Report on vaccination in Madras 1904-1921 - 1904-1921
Year: 1904
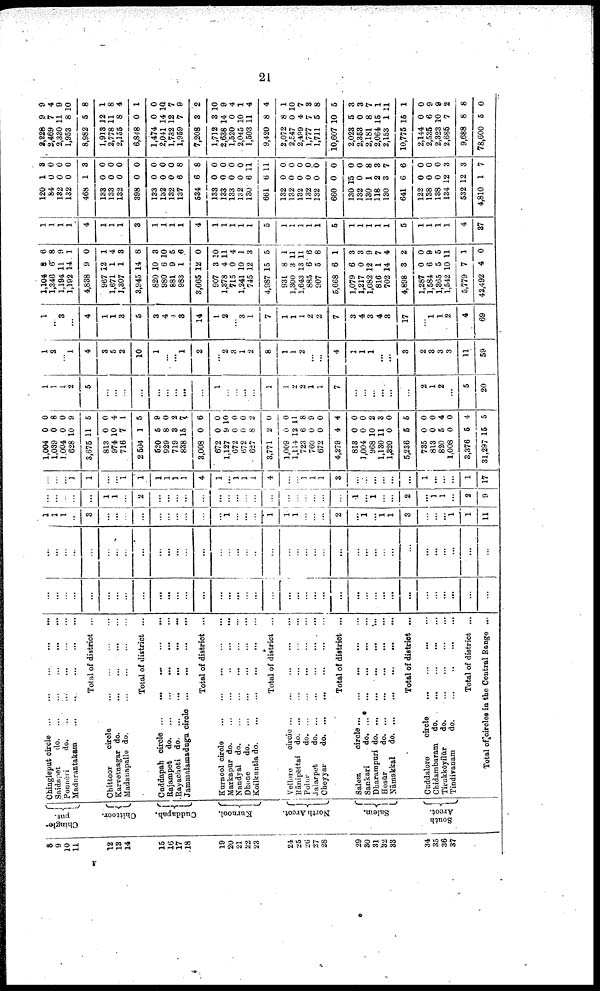
21
8
9
10
11
12
13
14
15
16
17
18
19
20
21
22
23
24
25
26
27
28
29
30
31
32
33
34
35
36
37
Chingle¬
put.
Chittoor.
Cuddapah.
Kurnool.
North Arcot.
Salem.
South
Arcot.
Chingleput circle ... ... ... ... ...
Saidapet
d
o
. ... ... ... ... ...
Ponneri
do.
...
...
...
...
...
Madurantakam
...
...
...
...
...
Total of district ...
Chittoor
circle
...
...
...
...
Karvetnagar do.
...
...
...
...
Madanapalle do. ... ... ... ...
Total of district ...
Cuddapah circle
...
...
...
...
...
Rajampet
d
o
. ... ... ... ... ...
Rayachoti do. ...
...
...
...
...
Jammalamadugn circle ...
...
...
...
Total of district ...
Kurnool circle
...
...
...
...
...
Markapur d
o
. ... ... ... ... ...
Nandyal d
o
. ... ... ... ... ...
Dhone
do.
...
...
...
...
...
Koilkuntla d
o
. ... ... ... ... ...
Total of district ...
Vellore
circle
...
...
...
...
...
Rānipēttai d
o
. ... ... ... ... ...
Polur
d
o
. ... ... ... ... ...
Jalarpet
do. ...
...
...
...
...
Cheyyar
d
o
. ... ... ... ... ...
Total of district ...
Salem
circle
...
...
...
...
...
Sankari
d
o
. ... ... ... ... ...
Dharampuri do. ... ... ... ... ...
Hosūr
do. ...
...
...
...
...
Nāmakkal
do. ... ... ... ... ...
Total of district ...
Cuddalore
circle
...
...
...
...
Chidambaram
do.
...
...
...
...
Tirukkōyilūr
do.
...
...
...
...
Tindivanam
do.
...
...
...
...
Total of district ...
Total of circles in the Central Rangs ...
...
...
...
...
...
...
...
...
...
...
...
...
...
...
...
...
...
...
...
...
...
...
...
...
...
...
...
...
...
...
...
...
...
...
...
...
...
...
...
...
...
...
...
...
...
...
...
...
...
...
...
...
...
...
...
...
...
...
...
...
...
...
...
...
...
...
...
...
...
...
...
...
...
...
...
...
1
1
1
...
3
...
...
...
...
...
...
...
...
...
...
1
...
...
...
1
1
1
...
...
...
2
...
1
...
1
1
3
...
...
...
1
1
11
...
...
...
...
...
1
1
...
2
...
...
...
...
...
...
...
...
...
...
...
...
...
...
...
...
...
1
...
1
...
...
2
...
1
1
...
2
9
...
...
...
1
1
...
...
1
1
1
1
1
1
4
1
...
1
1
1
4
...
...
1
1
1
3
...
...
...
...
...
...
1
...
...
...
1
17
1,004
1,039
1,004
628
3,675
813
974
716
2,504
520
929
719
838
3,008
672
1,127
672
672
627
3,771
1,009
1,114
723
760
672
4,279
813
1,004
968
1,130
1,320
5,236
735
813
820
1,008
3,376
31,297
0
0
0
10
11
0
10
7
1
5
8
3
15
0
0
9
0
0
8
2
0
12
6
0
0
4
0
0
10
11
0
5
0
0
5
0
5
15
0
8
0
9
5
0
4
1
5
9
0
2
7
6
0
10
0
0
2
0
0
11
8
9
0
4
0
0
2
3
0
5
0
0
4
0
4
5
1
1
1
2
5
...
...
...
...
...
...
...
...
...
1
...
...
...
...
1
1
2
2
1
1
7
...
...
...
...
...
...
2
1
2
...
5
20
1
2
...
1
4
3
5
2
10
1
...
...
1
2
...
2
3
1
2
8
1
1
2
...
...
4
1
1
1
...
...
3
2
3
3
3
11
59
1
...
3
...
4
1
1
3
5
3
4
4
8
14
1
2
...
3
1
7
1
1
1
2
2
7
3
4
3
4
3
17
...
1
1
2
4
69
1,104
1,346
1,194
1,192
4,838
967
1,671
1,307
3,945
820
980
881
983
3,665
907
1,378
715
1,241
745
4,987
931
1,300
1,643
885
907
5,668
1,079
1,217
1,082
816
702
4,898
1,287
1,584
1,365
1,542
5,779
42,492
8
6
11
14
9
12
1
1
14
10
6
9
1
12
3
4
0
10
12
15
8
3
13
6
5
6
6
0
12
1
14
3
0
6
5
10
7
4
6
8
9
1
0
1
4
3
8
3
10
5
6
0
10
11
4
1
3
5
1
11
11
6
8
1
3
3
9
7
4
2
0
9
5
11
1
0
1
1
1
1
4
1
1
1
3
1
1
1
1
4
1
1
1
1
1
5
1
1
1
1
1
5
1
1
1
1
1
5
1
1
1
1
4
37
120
84
132
132
468
133
133
132
398
133
132
132
137
534
133
133
133
132
130
661
132
132
132
132
132
660
130
132
130
118
130
641
122
138
138
134
532
4,810
1
0
0
0
1
0
0
0
0
0
0
0
6
6
0
0
0
0
6
6
0
0
0
0
0
0
15
0
1
2
3
6
0
0
0
12
12
1
3
0
0
0
3
0
0
0
0
0
0
0
8
8
0
0
0
0
11
11
0
0
0
0
0
0
0
0
8
3
7
6
0
0
0
3
3
7
2,228
2,469
2,330
1,953
8,982
1,913
2,778
2,155
6,848
1,474
2,041
1,732
1,959
7,208
1,712
2,638
1,520
2,045
1,503
9,420
2,072
2,547
2,499
1,777
1,711
10,607
2,023
2,353
2,181
2,064
2,153
10,775
2,144
2,535
2,323
2,685
9,688
78,600
9
7
11
8
5
12
11
8
0
0
14
12
7
3
3
14
0
10
11
8
8
0
4
7
5
10
5
0
8
15
1
15
0
6
10
7
8
5
9
4
9
10
8
1
8
4
1
0
10
7
9
2
10
9
4
1
4
4
1
10
7
3
8
5
3
3
7
1
11
1
0
9
9
2
8
0
F